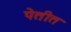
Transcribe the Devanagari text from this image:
पेतीत